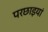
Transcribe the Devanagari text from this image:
परछाइयां